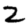
Digit: 2